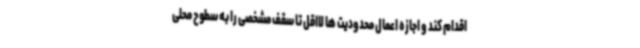
اقدام کند و اجازه اعمال محدودیت ها لااقل تا سقف مشخصی را به سطوح محلی